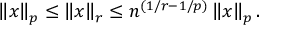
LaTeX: \left\| x \right\| _ { p } \leq \left\| x \right\| _ { r } \leq n ^ { ( 1 / r - 1 / p ) } \left\| x \right\| _ { p } .